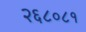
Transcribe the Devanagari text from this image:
२६८०८१